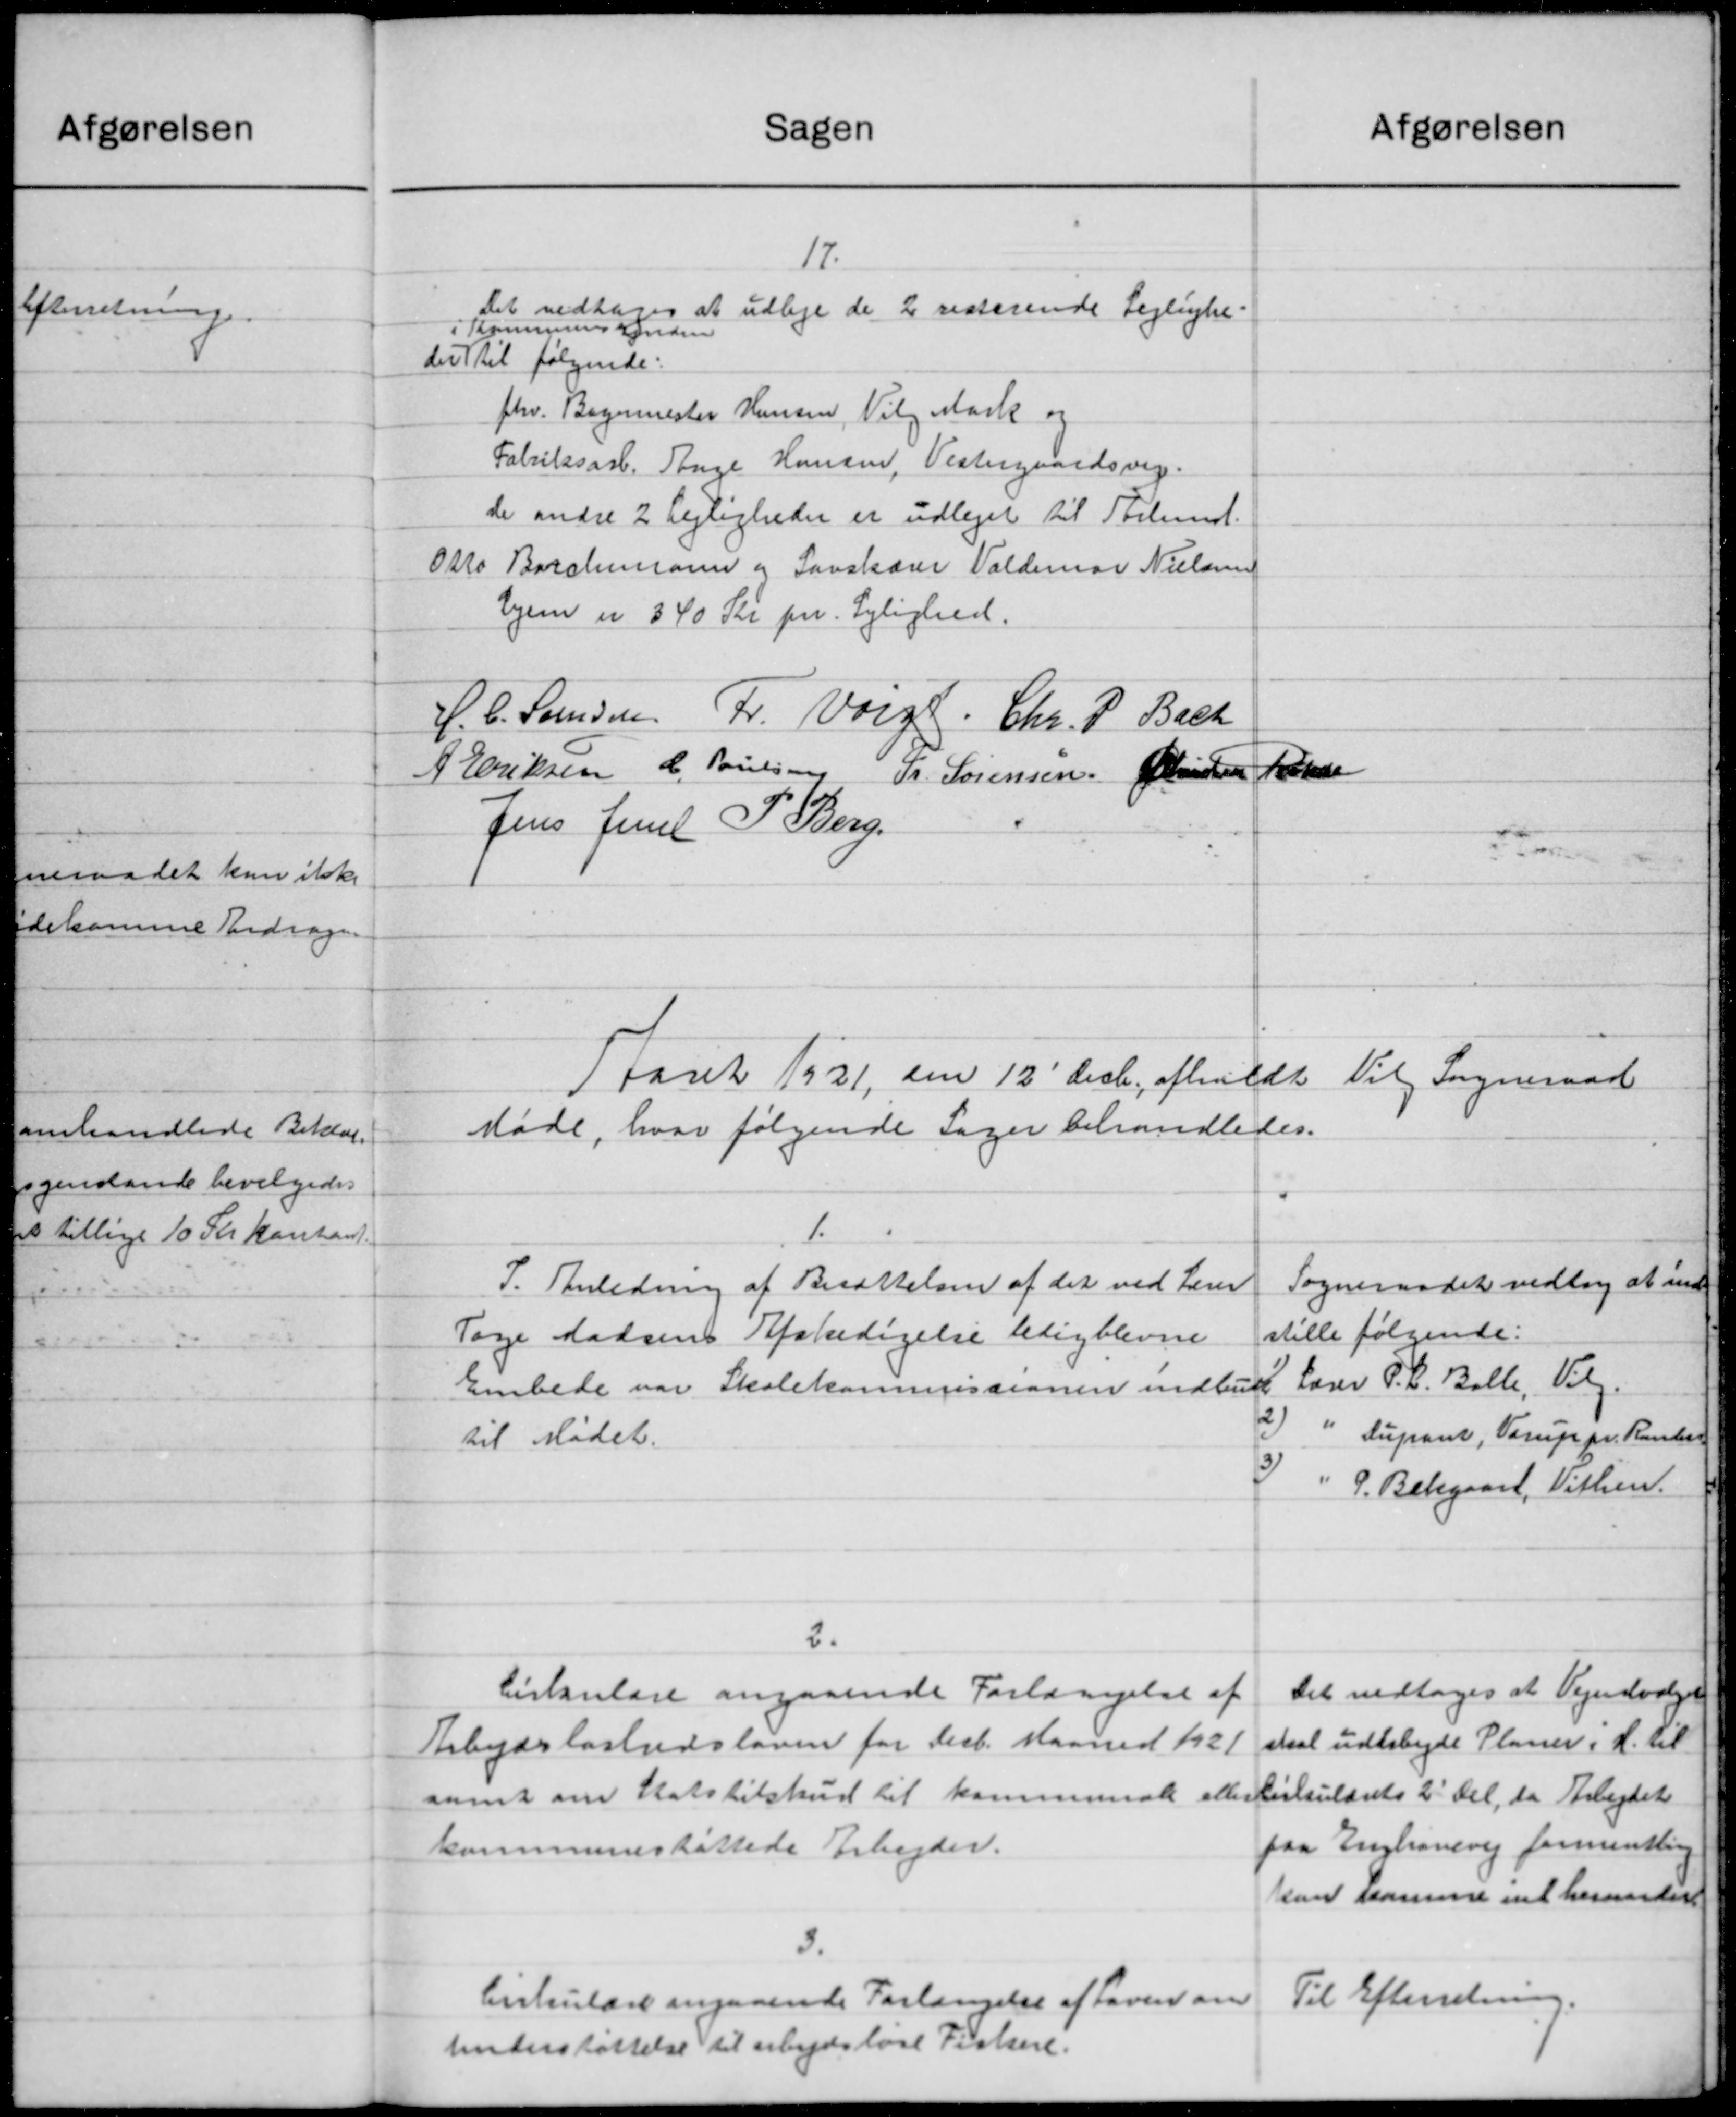
Transskription:
Afgørelsen
Sagen
17.
Det vedtoges at udleje de 2 resterende Lejlighe-
Kommunens Inden
der til følgende:
fhv. Bogemester Hansen, Vilg Mark og
Fabriksarb. Aage Hansen, Vestergaardsvej.
de andre 2 Lejligheder er udlejet til Stelund.
Otto Barchmann og Savskærer Valdemar Nielsen
hjem er 340 Kr pr. Lejlighed.
H. C. Svensen. Fr. Voige. Chr. P. Bach
A Eriksen C. Poulsen Fr. Sørensen Christen Jensen
Jens Juel P. Berg.
e
1 faret 1921 den 12' Decbr. afholdt Valg Sogneraad
Møde, hvor følgende Sager behandledes.
1.
Sogneraadet vedtog at ind-
P. Anledning af Besættelsen af det ved Lærer
stille følgende:
Tage Madsens Afskedigelse ledigblevne
Embede var Skolekommissionen indbudt Lærer P. L. Balle, Valg
2) " Lupant, Vorup pr. Rander
til Mødet.
) " P. Belgaard, Vithen.
2.
Det vedtoges at Vejudvalget
Cirkulære angaaende Forlængelse af
skal udarbejde Planer i H. til
Arbejdsløshedsloven for Decb. Maaned 1921
Cirkulærets 2 Del, da Arbejdet
samt om Statstilskud til kommunale eller
paa Enghavevej formentlig
kommuneskattede Arbejder.
Han Kamme vil herveder
3
Til Efterretning
Cirkulære angaaende Forlængelse af haven om
Understøttelse til arbejdsløse Fiskere.